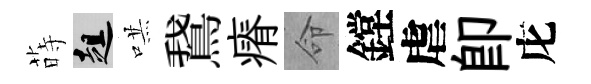
蒔趄哄鵞瘠命鏜虐即庀